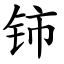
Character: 铈